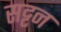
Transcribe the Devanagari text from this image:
सट्टन